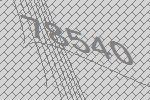
78540